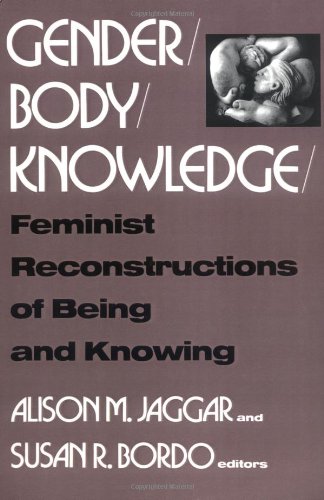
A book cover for Gender/Body/Knowledge: Feminist Reconstructions of Being and Knowing; Politics & Social Sciences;